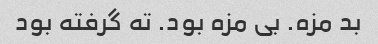
بد مزه. بی مزه بود. ته گرفته بود